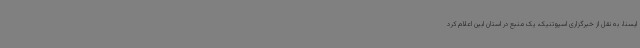
ایسنا، به نقل از خبرگزاری اسپوتنیک، یک منبع در استان ابین اعلام کرد